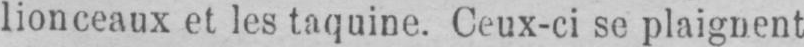
lionceaux et les taquine. Ceux-ci se plaignent